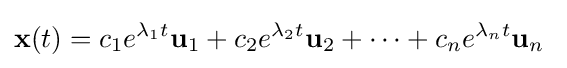
\mathbf {x} (t)=c_{1}e^{\lambda _{1}t}\mathbf {u} _{1}+c_{2}e^{\lambda _{2}t}\mathbf {u} _{2}+\cdots +c_{n}e^{\lambda _{n}t}\mathbf {u} _{n}~